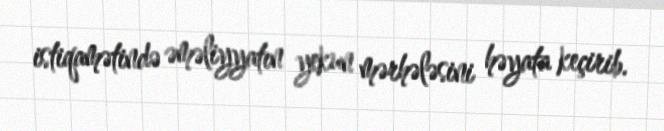
istiqamətində əməliyyatın yekun mərhələsini həyata keçirib.